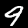
Label: 9